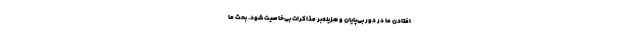
افتادن ما در دور بی‌پایان و هزینه‌بر مذاکرات بی‌خاصیت شود. بحث ما